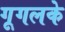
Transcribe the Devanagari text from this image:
गूगलके